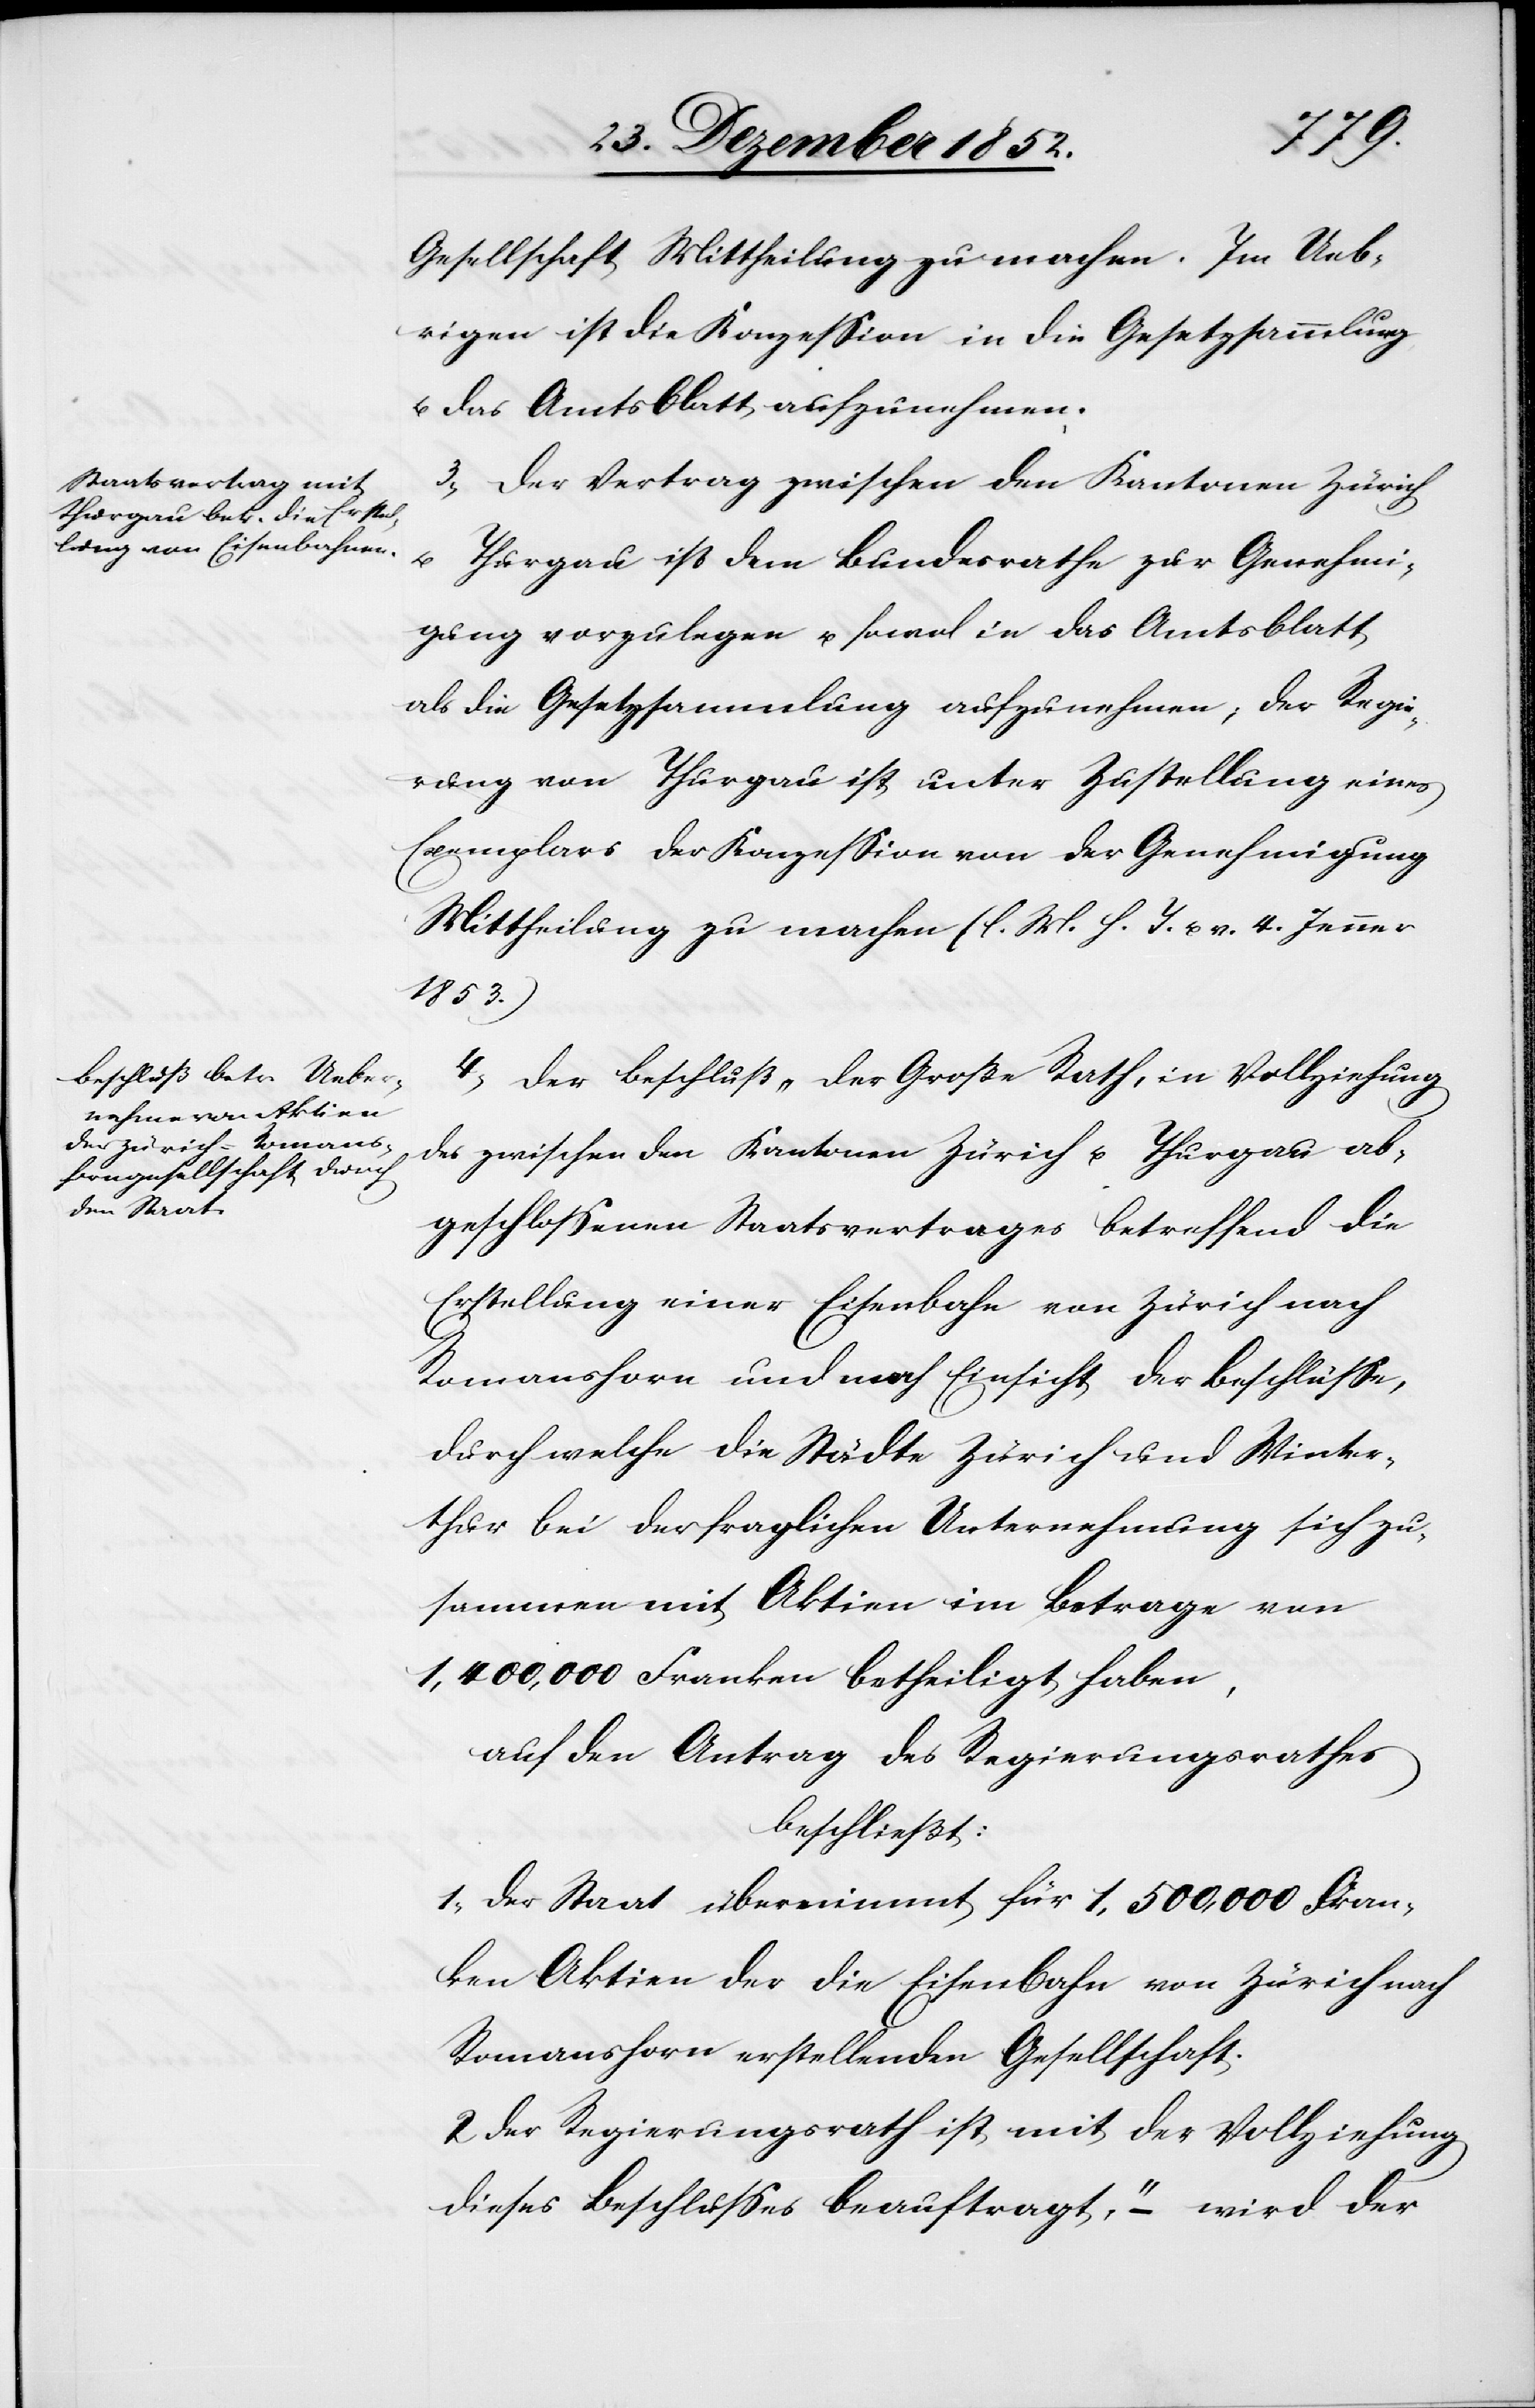
Gesellschaft Mittheilung zu machen. Im Ueb¬
rigen ist die Konzession in die Gesetzsammlung
u. das Amtsblatt aufzunehmen.
3, Der Vertrag zwischen den Kantonen Zürich
u. Thurgau ist dem Bundesrathe zur Genehmi¬
gung vorzulegen u. sowol in das Amtsblatt
als die Gesetzsammlung aufzunehmen; der Regie¬
rung von Thurgau ist unter Zustellung eines
Exemplars der Konzession von der Genehmigung
Mittheilung zu machen (l. M. h. T. u. v. 4. Jenner
1853.)
4, Der Beschluß „Der Große Rath, in Vollziehung
des zwischen den Kantonen Zürich u. Thurgau ab¬
geschlossenen Staatsvertrages betreffend die
Erstellung einer Eisenbahn von Zürich nach
Romanshorn und nach Einsicht der Beschlüsse,
durch welche die Städte Zürich und Winter¬
thur bei der fraglichen Unternehmung sich zu¬
sammen mit Aktien im Betrage von
1,400,000 Franken betheiligt haben,
auf den Antrag des Regierungsrathes
beschließt:
1, Der Staat übernimmt für 1,500,000 Fran¬
ken Aktien der die Eisenbahn von Zürich nach
Romanshorn erstellenden Gesellschaft.
2 Der Regierungsrath ist mit der Vollziehung
dieses Beschlusses beauftragt,“ – wird der